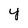
Character: Y